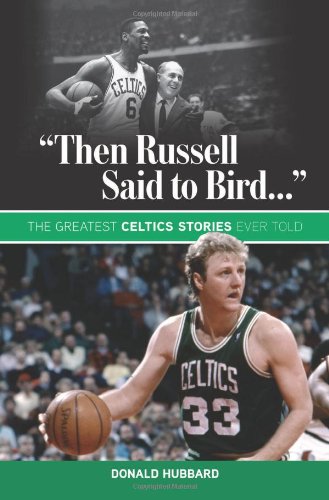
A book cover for "Then Russell Said to Bird...": The Greatest Celtics Stories Ever Told; Donald Hubbard; Travel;